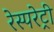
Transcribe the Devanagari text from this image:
रेस्परेट्री